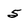
Character: 5